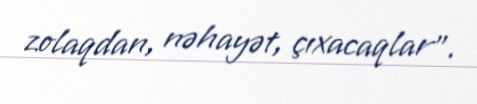
zolaqdan, nəhayət, çıxacaqlar”.